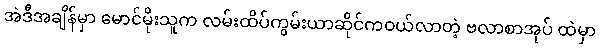
အဲဒီအချိန်မှာ မောင်မိုးသူက လမ်းထိပ်ကွမ်းယာဆိုင်ကဝယ်လာတဲ့ ဗလာစာအုပ် ထဲမှာ